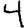
Digit: 4